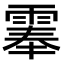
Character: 𩃳